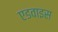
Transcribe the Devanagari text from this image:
एडवाइस